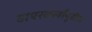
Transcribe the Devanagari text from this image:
वापरकर्त्यांपुढील